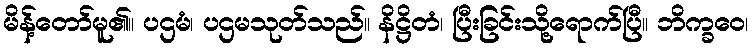
မိန့်တော်မူ၏။ ပဌမံ၊ ပဌမသုတ်သည်။ နိဋ္ဌိတံ၊ ပြီးခြင်းသို့ရောက်ပြီ။ ဘိက္ခဝေ၊